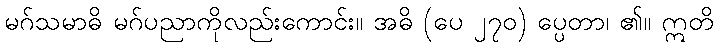
မဂ်သမာဓိ မဂ်ပညာကိုလည်းကောင်း။ အဓိ (ပေ ၂၇၀) ပ္ပေတာ၊ ၏။ ဣတိ